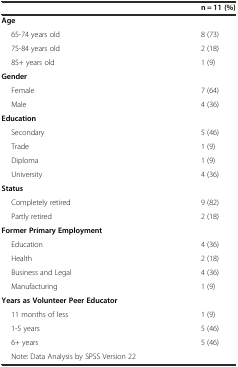
|  | n = 11 (%) |
 | --- | --- |
 | Age |  |
 | 65-74 years old | 8 (73) |
 | 75-84 years old | 2 (18) |
 | 85+ years old | 1 (9) |
 | Gender |  |
 | Female | 7 (64) |
 | Male | 4 (36) |
 | Education |  |
 | Secondary | 5 (46) |
 | Trade | 1 (9) |
 | Diploma | 1 (9) |
 | University | 4 (36) |
 | Status |  |
 | Completely retired | 9 (82) |
 | Partly retired | 2 (18) |
 | Former Primary Employment |  |
 | Education | 4 (36) |
 | Health | 2 (18) |
 | Business and Legal | 4 (36) |
 | Manufacturing | 1 (9) |
 | Years as Volunteer Peer Educator |  |
 | 11 months of less | 1 (9) |
 | 1-5 years | 5 (46) |
 | 6+ years | 5 (46) |
 | Note: Data Analysis by SPSS Version 22 |  |